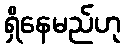
ရှိနေမည်ဟု